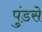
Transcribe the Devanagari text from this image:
पुंडसे